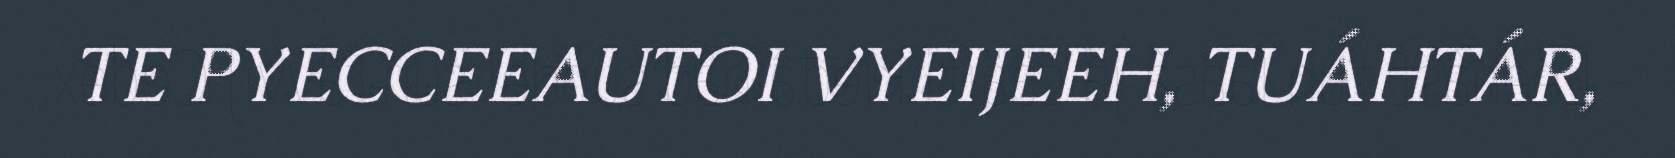
TE PYECCEEAUTOI VYEIJEEH, TUÁHTÁR,